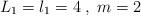
LaTeX: \begin{align*}L_{1} = l_{1} = 4 \;, \; m = 2\end{align*}